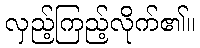
လှည့်ကြည့်လိုက်၏။